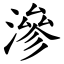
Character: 滲